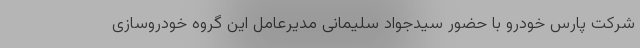
شرکت پارس خودرو با حضور سیدجواد سلیمانی مدیرعامل این گروه خودروسازی